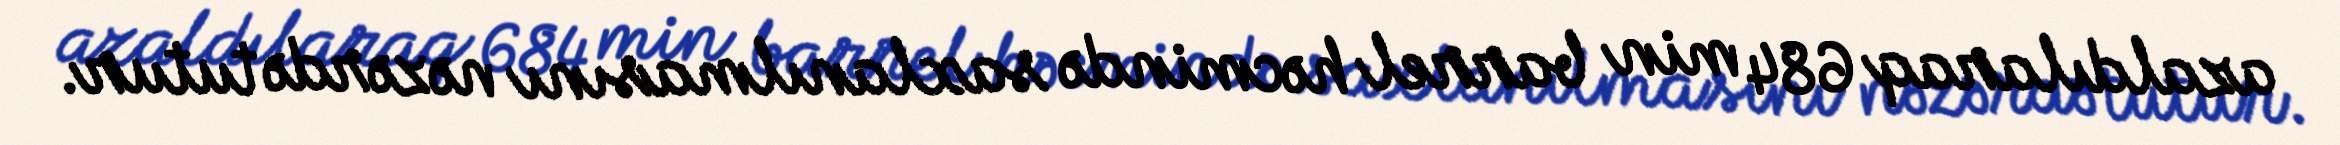
azaldılaraq 684 min barrel həcmində saxlanılmasını nəzərdə tutur.